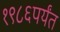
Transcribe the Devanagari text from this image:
१९८६पर्यंत